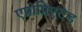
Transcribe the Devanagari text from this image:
एप्रोप्रिएटेड